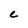
Character: C